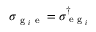
\sigma _ { \textrm { g } _ { i } \textrm { e } } = \sigma _ { \textrm { e g } _ { i } } ^ { \dagger }